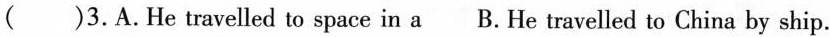
( )3.A.He travelled to space in aB. He travelled to China by ship.